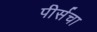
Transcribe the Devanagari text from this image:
पीर्सचा